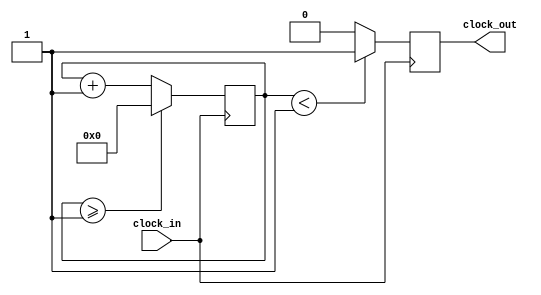
`timescale 1ns / 1ps
//////////////////////////////////////////////////////////////////////////////////
// Company: 
// Engineer: 
// 
// Design Name: 
// Module Name: Clock_divider
// Project Name: 
// Target Devices: 
// Tool Versions: 
// Description: 
// 
// Dependencies: 
// 
// Revision:
// Revision 0.01 - File Created
// Additional Comments:
// 
//////////////////////////////////////////////////////////////////////////////////



module Clock_divider(clock_in,clock_out);
input clock_in; 
output reg clock_out; 
reg[27:0] counter=28'd0;
parameter DIVISOR = 28'd2;

always @(posedge clock_in)
begin
 counter <= counter + 28'd1;
 if(counter>=(DIVISOR-1))
  counter <= 28'd0;
 clock_out <= (counter<DIVISOR/2)?1'b1:1'b0;
end
endmodule